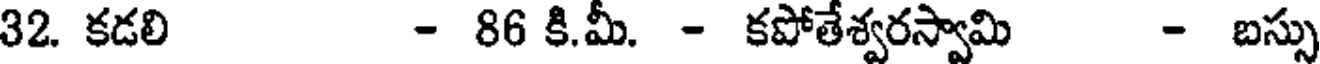
32. కడలి - 86 కి.మీ. - కపోతేశ్వరస్వామి - బస్సు